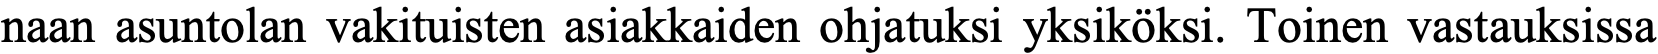
naan asuntolan vakituisten asiakkaiden ohjatuksi yksiköksi. Toinen vastauksissa